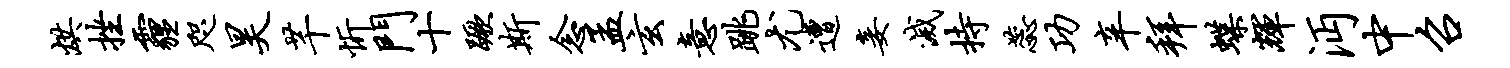
烘挫霾咫昊芊忻门十蹶斯念孟玄意跳尤遭妾灭持蕊功辛拜蝶辉沔中召